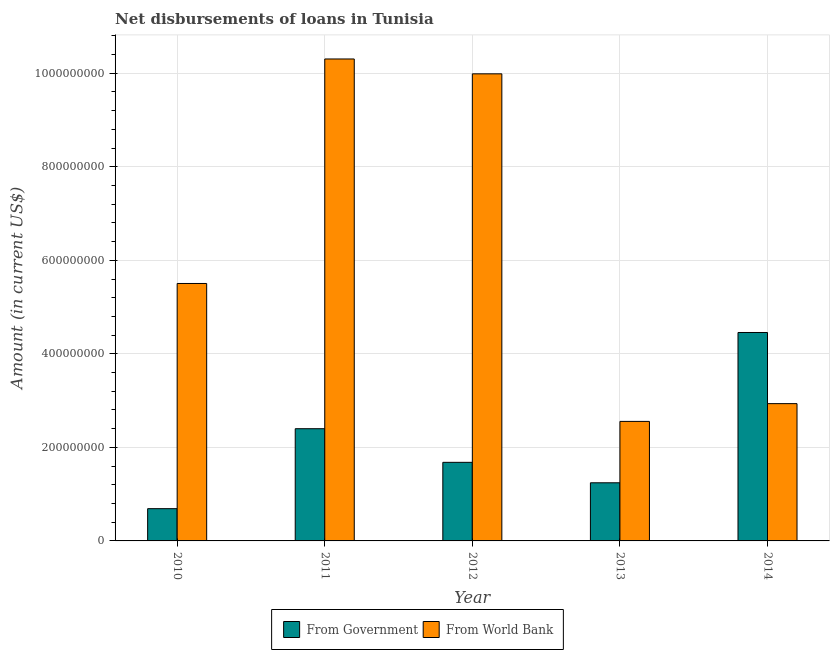
| Year | From Government | From World Bank |
 | --- | --- | --- |
 | 2010 | 6.9e+07 | 5.5e+08 |
 | 2011 | 2.4e+08 | 1.03e+09 |
 | 2012 | 1.68e+08 | 9.99e+08 |
 | 2013 | 1.24e+08 | 2.56e+08 |
 | 2014 | 4.46e+08 | 2.94e+08 |